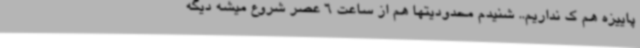
پاییزه هم ک نداریم.. شنیدم محدودیتها هم از ساعت 6 عصر شروع میشه دیگه